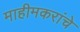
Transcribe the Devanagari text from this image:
माहीमकरांचे